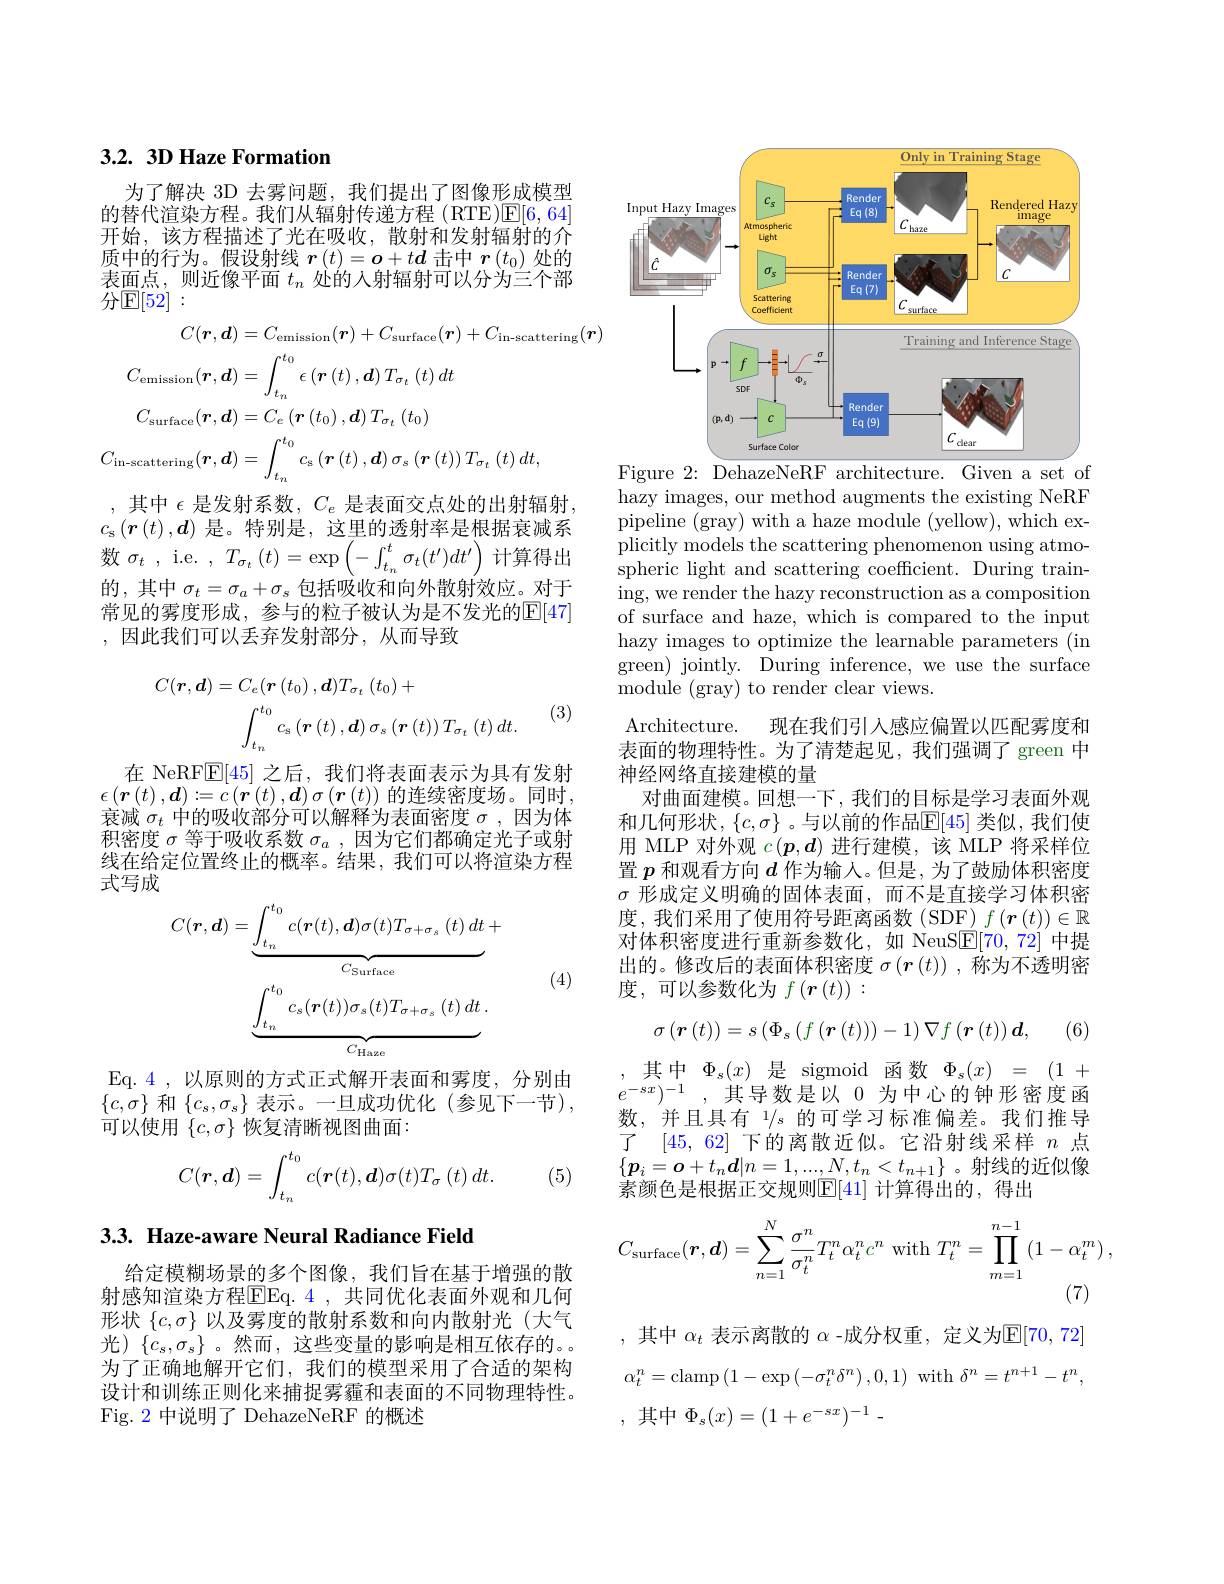
## 3.2. 3D Haze Formation

为了解决 3D 去雾问题，我们提出了图像形成模型的替代渲染方程。我们从辐射传递方程 (RTE)$\mathbb{E}[6,64]$ 开始，该方程描述了光在吸收，散射和发射辐射的介质中的行为。假设射线$\boldsymbol r\left(t\right)=\boldsymbol{o}+t\boldsymbol{d}$击中$\boldsymbol r\left(t_0\right)$处的表面点，则近像平面$t_n$处的人射辐射可以分为三个部分$\mathbb{E}[52]:$
$$\begin{aligned}C(\boldsymbol{r},\boldsymbol{d})&=C_{\mathrm{emission}}(\boldsymbol{r})+C_{\mathrm{surface}}(\boldsymbol{r})+C_{\mathrm{in-scattering}}(\boldsymbol{r})\\C_{\mathrm{emission}}(\boldsymbol{r},\boldsymbol{d})&=\int_{t_{n}}^{t_{0}}\epsilon\left(\boldsymbol{r}\left(t\right),\boldsymbol{d}\right)T_{\sigma_{t}}\left(t\right)dt\\C_{\mathrm{surface}}(\boldsymbol{r},\boldsymbol{d})&=C_{e}\left(\boldsymbol{r}\left(t_{0}\right),\boldsymbol{d}\right)T_{\sigma_{t}}\left(t_{0}\right)\\C_{\mathrm{in-scattering}}(\boldsymbol{r},\boldsymbol{d})&=\int_{t_{n}}^{t_{0}}c_{\mathrm{s}}\left(\boldsymbol{r}\left(t\right),\boldsymbol{d}\right)\sigma_{s}\left(\boldsymbol{r}\left(t\right)\right)T_{\sigma_{t}}\left(t\right)dt,\\&\text{其中 }\epsilon\text{ 是发射系数 }.\:C_{c}\text{ 是表面交点外的出射辐射}.\end{aligned}$$
$c_{\mathrm{s}}\left(\boldsymbol{r}\left(t\right),\boldsymbol{d}\right)$是。特别是，这里的透射率是根据衰减系数$\sigma _t$ , i.e. , $T_{\sigma _t}$ $( t) = \exp \left ( - \int _{t_n}^t\sigma _t( t^{\prime }) dt^{\prime }\right )$计算得出的，其中$\sigma_t=\sigma_a+\sigma_s$包括吸收和向外散射效应。对于常见的雾度形成，参与的粒子被认为是不发光的$\mathbb{E}[47]$ ,因此我们可以丢弃发射部分，从而导致
$$\begin{aligned}C(\boldsymbol{r},\boldsymbol{d})&=C_{e}(\boldsymbol{r}\left(t_{0}\right),\boldsymbol{d})T_{\sigma_{t}}\left(t_{0}\right)+\\&\int_{t_{n}}^{t_{0}}c_{\mathrm{s}}\left(\boldsymbol{r}\left(t\right),\boldsymbol{d}\right)\sigma_{s}\left(\boldsymbol{r}\left(t\right)\right)T_{\sigma_{t}}\left(t\right)dt.\end{aligned}$$
(3)

在 NeRF$\mathbb{E}[45]$之后，我们将表面表示为具有发射$\epsilon\left(\boldsymbol{r}\left(t\right),\boldsymbol{d}\right):=\dot{c}\left(\boldsymbol{r}\left(t\right),\boldsymbol{d}\right)\sigma\left(\boldsymbol{r}\left(t\right)\right)$的连续密度场。同时， 衰减$\sigma_t$中的吸收部分可以解释为表面密度$\sigma$,因为体积密度$\sigma$等于吸收系数$\sigma_a$ ,因为它们都确定光子或射线在给定位置终止的概率。结果，我们可以将渲染方程式写成
$$\begin{aligned}C(\boldsymbol{r},\boldsymbol{d})&=\underbrace{\int_{t_{n}}^{t_{0}}c(\boldsymbol{r}(t),\boldsymbol{d})\sigma(t)T_{\sigma+\sigma_{s}}\:(t)\:dt}_{C_{\mathrm{Surface}}}+\\&\underbrace{\int_{t_{n}}^{t_{0}}c_{s}(\boldsymbol{r}(t))\sigma_{s}(t)T_{\sigma+\sigma_{s}}\:(t)\:dt}_{C_{\mathrm{Haze}}}.\end{aligned}$$
(4)

Eq. 4 , 以 原 则 的 方 式 正 式 解 开 表 面 和 雾 度 , 分 别 由 $\{c,\sigma\}$ 和$\left\{c_s,\sigma_s\right\}$表示。一旦成功优化(参见下一节), 可以使用$\{c,\sigma\}$恢复清晰视图曲面：

(5)
$$C(\boldsymbol{r},\boldsymbol{d})=\int_{t_n}^{t_0}c(\boldsymbol{r}(t),\boldsymbol{d})\sigma(t)T_\sigma\:(t)\:dt.$$
# 3.3. Haze-aware Neural Radiance Field

给定模糊场景的多个图像，我们旨在基于增强的散射感知渲染方程EEq. 4 , 共 同 优 化 表 面 外 观 和 几 何 形状$\{c,\sigma\}$以及雾度的散射系数和向内散射光(大气光)$\{c_s,\sigma_s\}$。然而，这些变量的影响是相互依存的。。为了正确地解开它们，我们的模型采用了合适的架构设计和训练正则化来捕捉雾霾和表面的不同物理特性。Fig. 2 中说明了 DehazeNeRF 的概述

<FigureHere>
Figure 2{:} DehazeNeRF architecture. Given a set of

hazy images, our method augments the existing NeRF pipeline (gray) with a haze module (yellow), which explicitly models the scattering phenomenon using atmospheric light and scattering coefficient. During training, we render the hazy reconstruction as a composition of surface and haze, which is compared to the input hazy images to optimize the learnable parameters (in green) jointly. During inference, we use the surface module (gray) to render clear views.
Architecture. 现在我们引人感应偏置以匹配雾度和表面的物理特性。为了清楚起见，我们强调了 green 中神经网络直接建模的量
对曲面建模。回想一下，我们的目标是学习表面外观和几何形状，$\{c,\sigma\}$。与以前的作品$\mathbb{E}[45]$ 类似，我们使用 MLP 对外观$c(\boldsymbol{p},\boldsymbol{d})$进行建模，该 MLP 将采样位置$p$和观看方向$d$作为输入。但是，为了鼓励体积密度$\sigma$形成定义明确的固体表面，而不是直接学习体积密度，我们采用了使用符号距离函数(SDF)$f\left(\boldsymbol{r}\left(t\right)\right)\in\mathbb{R}$ 对体积密度进行重新参数化，如 NeuS$\boxed{\mathrm{E}}[70,72]$中提出的。修改后的表面体积密度$\sigma\left(\boldsymbol{r}\left(t\right)\right),\dot{\text{称为不透明密}}$ 度，可以参数化为$f\left(\boldsymbol{r}\left(t\right)\right):$
$$\sigma\left(\boldsymbol{r}\left(t\right)\right)=s\left(\Phi_{s}\left(f\left(\boldsymbol{r}\left(t\right)\right)\right)-1\right)\nabla f\left(\boldsymbol{r}\left(t\right)\right)\boldsymbol{d},$$
(6)

,其中$\Phi_s(x)$是sigmoid函数$\Phi_s(x)=(1+$ $e^{-sx})^{-1}$,其导数是以 0 为中心的钟形密度函数，并且具有 1/s 的可学习标准偏差。我们推导了 [45,62]下的离散近似。它沿射线采样 $n$ 点$\{\boldsymbol{p}_i=\boldsymbol{o}+t_n\boldsymbol{d}|n=1,...,N,t_n<t_{n+1}\}$。射线的近似像素颜色是根据正交规则$\mathbb{E}[41]$ 计算得出的，得出
$$C_{\mathrm{surface}}(\boldsymbol{r},\boldsymbol{d})=\sum_{n=1}^N\frac{\sigma^n}{\sigma_t^n}T_t^n\alpha_t^nc^n\mathrm{~with~}T_t^n=\prod_{m=1}^{n-1}\left(1-\alpha_t^m\right),$$
,其中 $\alpha_t$ 表示离散的 $\alpha$ -成分权重，定义为$\mathbb{E}[70,72]$
$\delta^{n}=t^{n+1}-t^{n}$,
$$\alpha_t^n=\mathrm{clamp}\left(1-\exp\left(-\sigma_t^n\delta^n\right),0,1\right)$$
,其中$\Phi _s( x) = ( 1+ e^{- sx}) ^{- 1}$ .